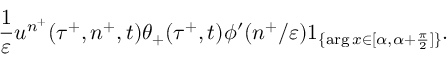
\frac { 1 } { \varepsilon } u ^ { n ^ { + } } ( \tau ^ { + } , n ^ { + } , t ) \theta _ { + } ( \tau ^ { + } , t ) \phi ^ { \prime } ( n ^ { + } / \varepsilon ) 1 _ { \{ \arg x \in [ \alpha , \alpha + \frac { \pi } { 2 } ] \} } .